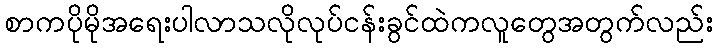
စာကပိုမိုအရေးပါလာသလိုလုပ်ငန်းခွင်ထဲကလူတွေအတွက်လည်း